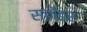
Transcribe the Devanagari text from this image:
स्केंडर